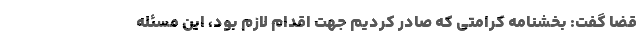
قضا گفت: بخشنامه کرامتی که صادر کردیم جهت اقدام لازم بود، این مسئله